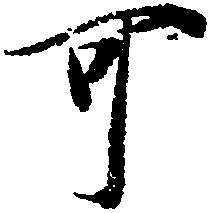
可